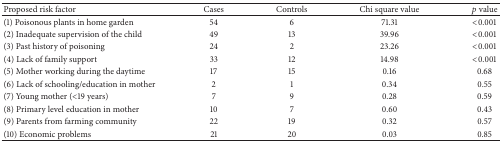
<table><thead><tr><td><b>Proposed risk factor</b></td><td><b>Cases</b></td><td><b>Controls</b></td><td><b>Chi square value</b></td><td><b><i>p</i> value</b></td></tr></thead><tbody><tr><td>(1) Poisonous plants in home garden</td><td> 54</td><td>6</td><td>71.31</td><td> &lt;0.001</td></tr><tr><td>(2) Inadequate supervision of the child</td><td> 49</td><td>13</td><td>39.96</td><td>&lt;0.001</td></tr><tr><td>(3) Past history of poisoning</td><td> 24</td><td>2</td><td>23.26</td><td>&lt;0.001</td></tr><tr><td>(4) Lack of family support</td><td> 33</td><td>12</td><td>14.98</td><td>&lt;0.001</td></tr><tr><td>(5) Mother working during the daytime</td><td> 17</td><td>15</td><td> 0.16</td><td> 0.68</td></tr><tr><td>(6) Lack of schooling/education in mother</td><td> 2</td><td> 1</td><td> 0.34</td><td> 0.55</td></tr><tr><td>(7) Young mother (&lt;19 years)</td><td> 7</td><td>9</td><td>0.28</td><td> 0.59</td></tr><tr><td>(8) Primary level education in mother</td><td> 10</td><td>7</td><td>0.60</td><td> 0.43</td></tr><tr><td>(9) Parents from farming community</td><td> 22</td><td>19</td><td>0.32</td><td> 0.57</td></tr><tr><td>(10) Economic problems</td><td> 21</td><td>20</td><td>0.03</td><td> 0.85</td></tr></tbody></table>